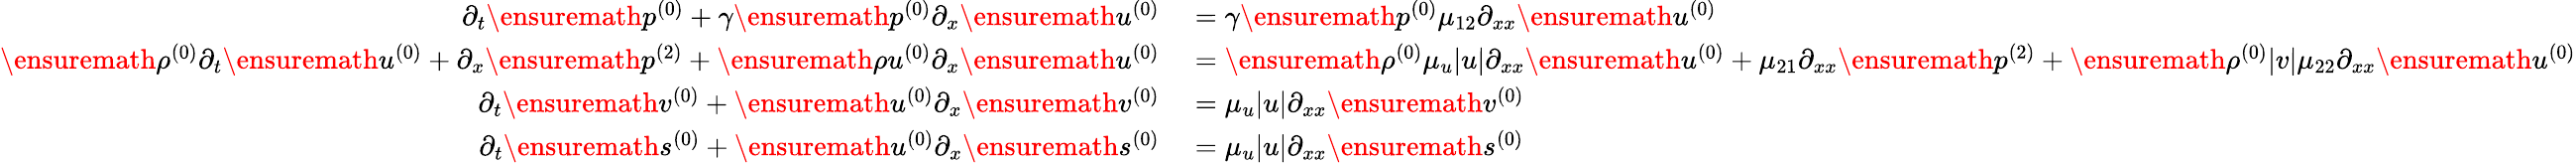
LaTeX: \begin{array}{rl}{\partial_{t}\ensuremath{p^{(0)}}+\gamma\ensuremath{p^{(0)}}\partial_{x}\ensuremath{u^{(0)}}}&{{}=\gamma\ensuremath{p^{(0)}}\mu_{12}\partial_{xx}\ensuremath{u^{(0)}}}\\ {\ensuremath{\rho^{(0)}}\partial_{t}\ensuremath{u^{(0)}}+\partial_{x}\ensuremath{p^{(2)}}+\ensuremath{\rho u^{(0)}}\partial_{x}\ensuremath{u^{(0)}}}&{{}=\ensuremath{\rho^{(0)}}\mu_{u}|u|\partial_{xx}\ensuremath{u^{(0)}}+\mu_{21}\partial_{xx}\ensuremath{p^{(2)}}+\ensuremath{\rho^{(0)}}|v|\mu_{22}\partial_{xx}\ensuremath{u^{(0)}}}\\ {\partial_{t}\ensuremath{v^{(0)}}+\ensuremath{u^{(0)}}\partial_{x}\ensuremath{v^{(0)}}}&{{}=\mu_{u}|u|\partial_{xx}\ensuremath{v^{(0)}}}\\ {\partial_{t}\ensuremath{s^{(0)}}+\ensuremath{u^{(0)}}\partial_{x}\ensuremath{s^{(0)}}}&{{}=\mu_{u}|u|\partial_{xx}\ensuremath{s^{(0)}}}\end{array}